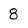
Character: 8